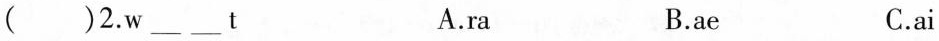
( )2.w ___ ___ t A.ra B.ae C.ai